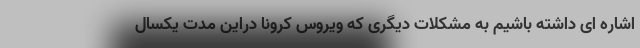
اشاره ای داشته باشیم به مشکلات دیگری که ویروس کرونا دراین مدت یکسال